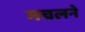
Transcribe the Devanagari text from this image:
मचलने